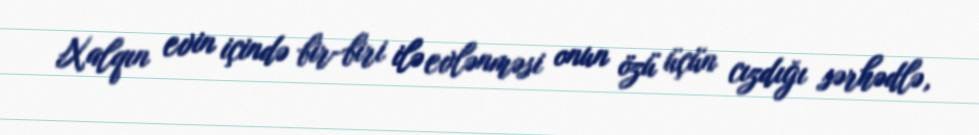
Xalqın evin içində bir-biri ilə evlənməsi onun özü üçün cızdığı sərhədlə,